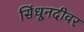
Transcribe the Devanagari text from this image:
सिंधूनदीवर